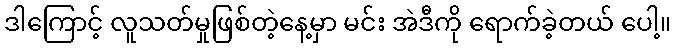
ဒါကြောင့် လူသတ်မှုဖြစ်တဲ့နေ့မှာ မင်း အဲဒီကို ရောက်ခဲ့တယ် ပေါ့။